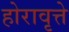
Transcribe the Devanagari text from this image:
होरावृत्ते